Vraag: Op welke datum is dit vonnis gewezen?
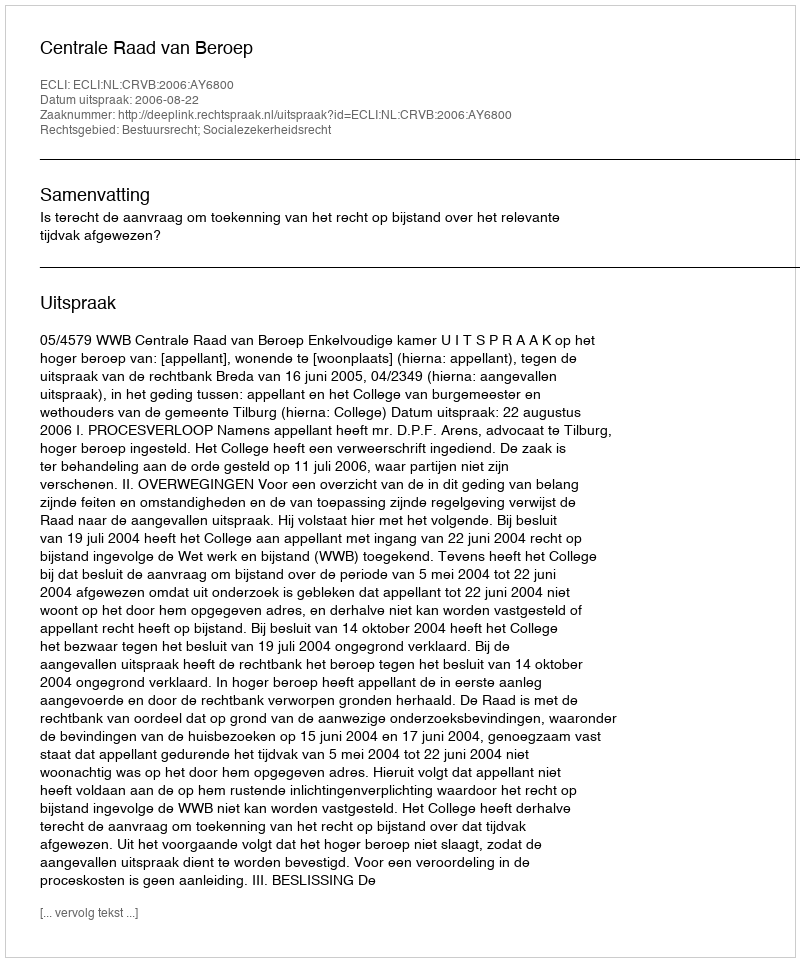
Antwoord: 2006-08-22